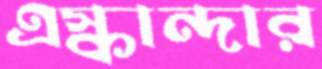
এস্কান্দার